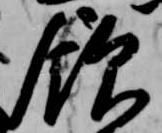
飲